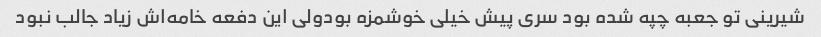
شیرینی تو جعبه چپه شده بود سری پیش خیلی خوشمزه بودولی این دفعه خامه‌اش زیاد جالب نبود